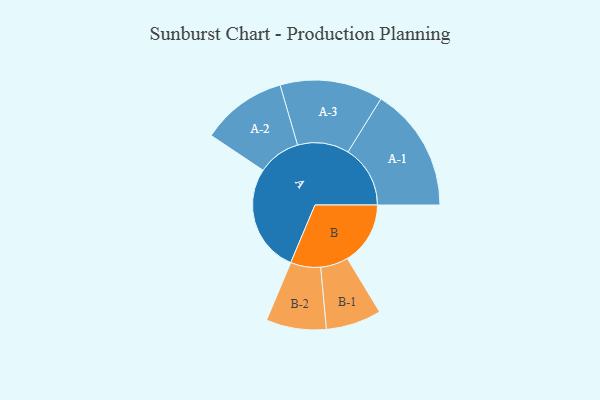
{"axis": {"x": "Segment", "y": "Value"}, "legend": ["", "A", "B"], "data": [{"x": "A", "y": 460, "type": ""}, {"x": "B", "y": 268, "type": ""}, {"x": "A-1", "y": 265, "type": "A"}, {"x": "A-2", "y": 182, "type": "A"}, {"x": "A-3", "y": 219, "type": "A"}, {"x": "B-1", "y": 118, "type": "B"}, {"x": "B-2", "y": 128, "type": "B"}]}